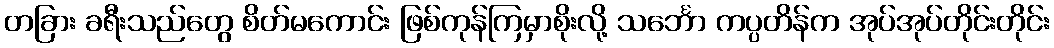
တခြား ခရီးသည်တွေ စိတ်မကောင်း ဖြစ်ကုန်ကြမှာစိုးလို့ သင်္ဘော ကပ္ပတိန်က အုပ်အုပ်တိုင်းတိုင်း